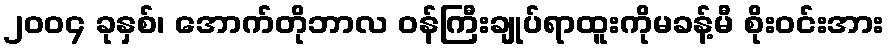
၂၀၀၄ ခုနှစ်၊ အောက်တိုဘာလ ဝန်ကြီးချုပ်ရာထူးကိုမခန့်မီ စိုးဝင်းအား